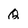
Character: Q